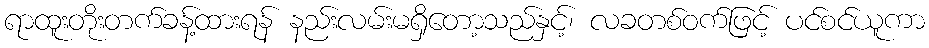
ရာထူးတိုးတက်ခန့်ထားရန် နည်းလမ်းမရှိတော့သည်နှင့်၊ လခတစ်ဝက်ဖြင့် ပင်စင်ယူကာ